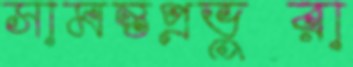
সামন্তপ্রভুরা